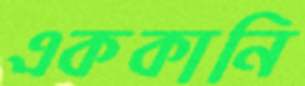
এককানি